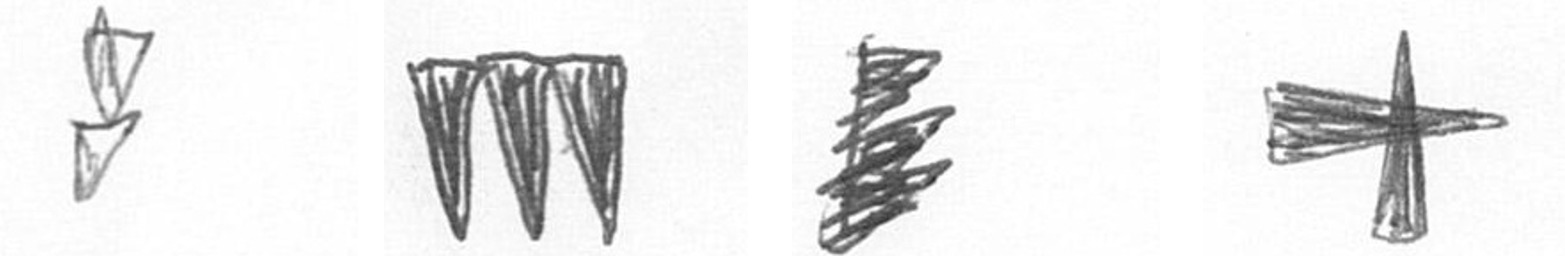
Z L H G